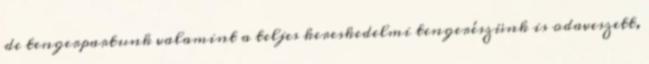
de tengerpartunk valamint a teljes kereskedelmi tengerészünk is odaveszett,